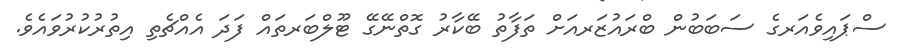
ސްޕައިވެއަރގެ ސަބަބުން ބްރައުޒަރއަށް ތަފާތު ބޭކާރު ގޮތްނޭގޭ ޓޫލްބަރތައް ފަދަ އެއްޗެތި އިތުރުކުރުވައެވެ.